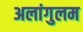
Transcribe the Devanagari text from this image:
अलांगुलम